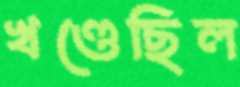
খণ্ডেছিল